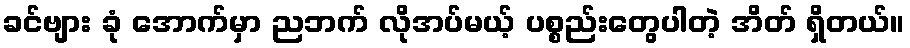
ခင်ဗျား ခုံ အောက်မှာ ညဘက် လိုအပ်မယ့် ပစ္စည်းတွေပါတဲ့ အိတ် ရှိတယ်။